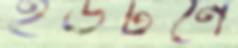
ইউটনে